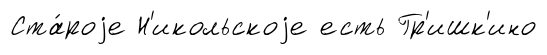
Ста́роjе Н'икольскоjе есть Гр'ишк'ино